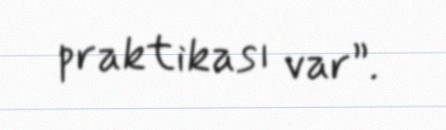
praktikası var”.